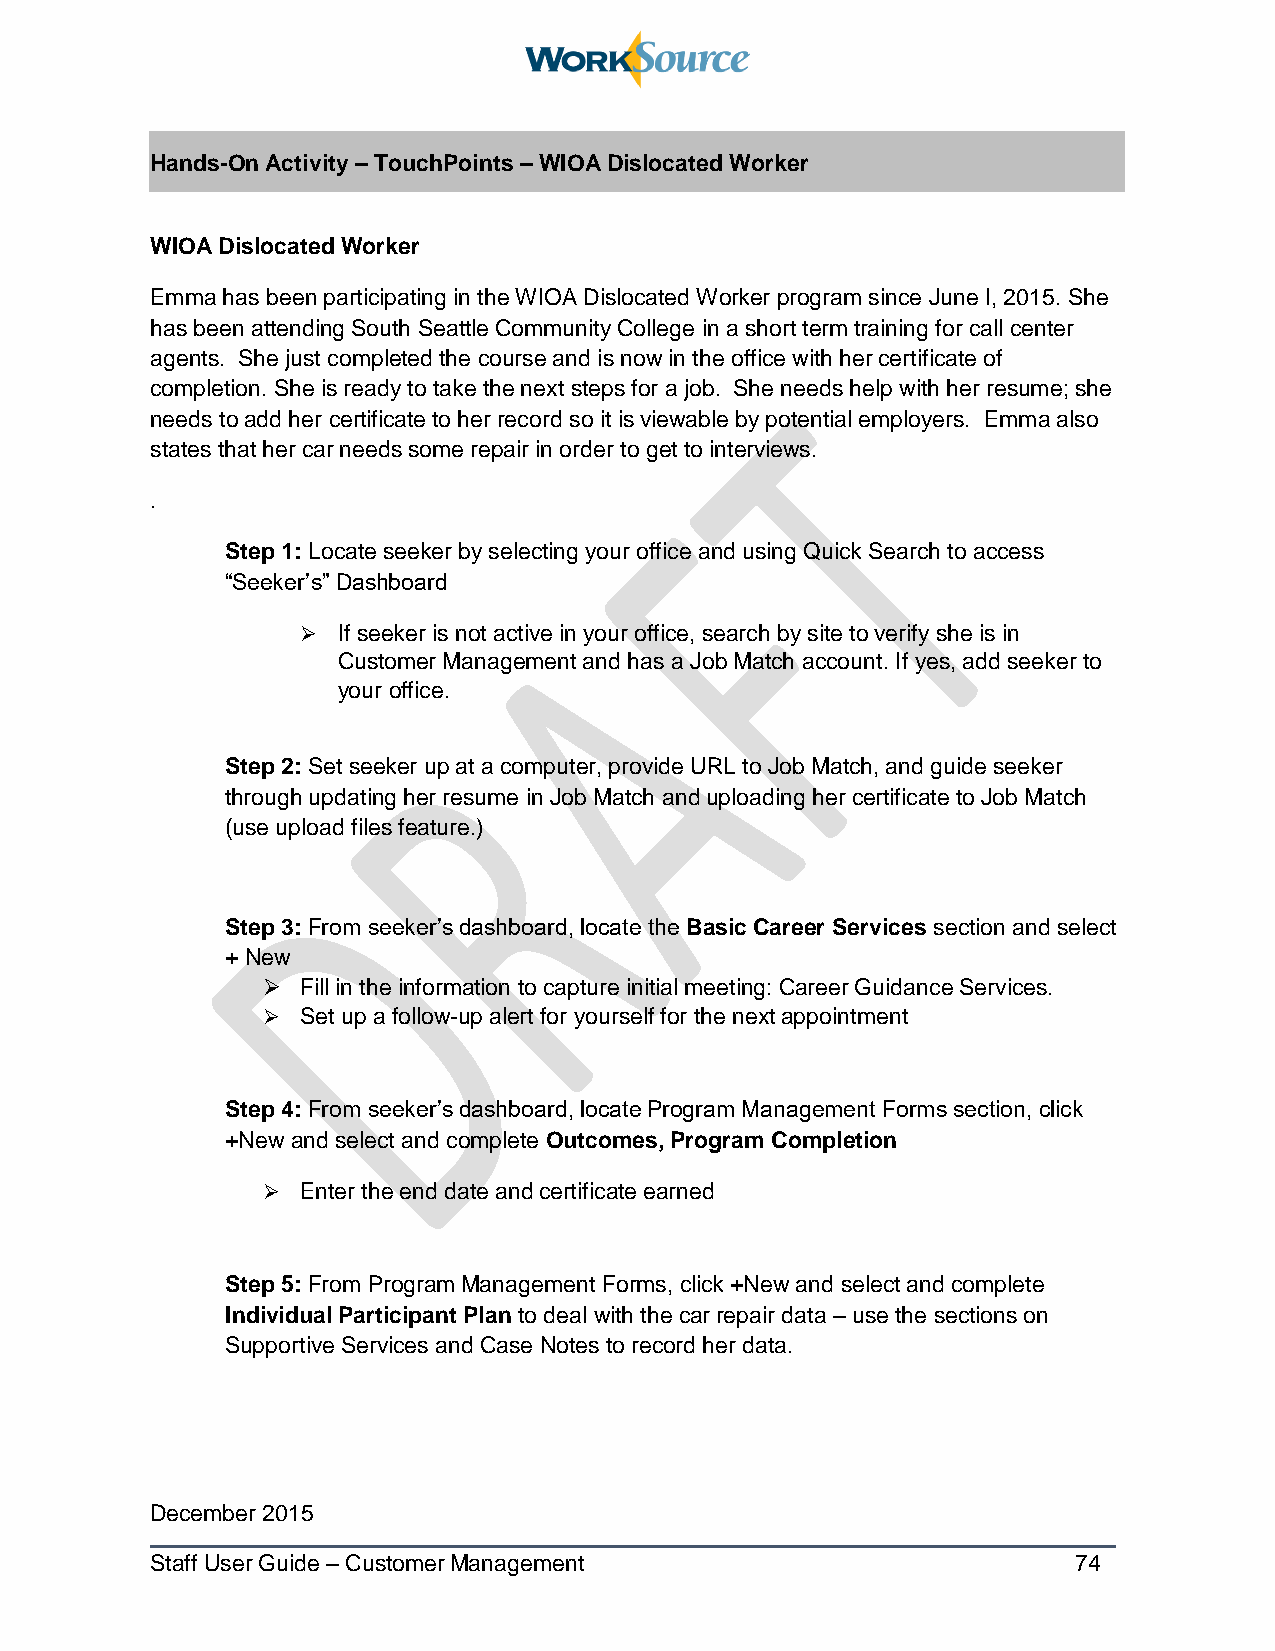
Hands-On Activity – TouchPoints – WIOA Dislocated Worker
 WIOA Dislocated Worker
 Emma has been participating in the WIOA Dislocated Worker program since June I, 2015. She
 has been attending South Seattle Community College in a short term training for call center
 agents. She just completed the course and is now in the office with her certificate of
 completion. She is ready to take the next steps for a job. She needs help with her resume; she
 needs to add her certificate to her record so it is viewable by potential employers. Emma also
 states that her car needs some repair in order to get to interviews.
 .
 Step 1: Locate seeker by selecting your office and using Quick Search to access
 “Seeker’s” Dashboard
  If seeker is not active in your office, search by site to verify she is in
 Customer Management and has a Job Match account. If yes, add seeker to
 your office.
 Step 2: Set seeker up at a computer, provide URL to Job Match, and guide seeker
 through updating her resume in Job Match and uploading her certificate to Job Match
 (use upload files feature.)
 Step 3: From seeker’s dashboard, locate the Basic Career Services section and select
 + New
   Fill in the information to capture initial meeting: Career Guidance Services.
   Set up a follow-up alert for yourself for the next appointment
 Step 4: From seeker’s dashboard, locate Program Management Forms section, click
 +New and select and complete Outcomes, Program Completion
   Enter the end date and certificate earned
 Step 5: From Program Management Forms, click +New and select and complete
 Individual Participant Plan to deal with the car repair data – use the sections on
 Supportive Services and Case Notes to record her data.
 December 2015
 Staff User Guide – Customer Management                       74